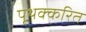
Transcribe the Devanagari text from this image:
पृथक्करित